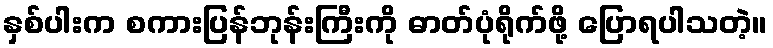
နှစ်ပါးက စကားပြန်ဘုန်းကြီးကို ဓာတ်ပုံရိုက်ဖို့ ပြောရပါသတဲ့။